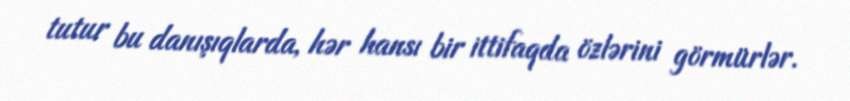
tutur bu danışıqlarda, hər hansı bir ittifaqda özlərini görmürlər.